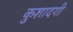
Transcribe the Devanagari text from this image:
कुशादगी